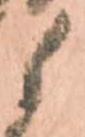
候